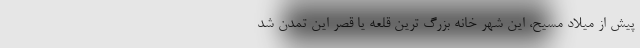
پیش از میلاد مسیح، این شهر خانه بزرگ ترین قلعه یا قصر این تمدن شد